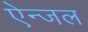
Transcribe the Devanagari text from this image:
ऐन्जल